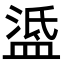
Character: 𥁼